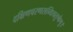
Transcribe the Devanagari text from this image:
दक्षिणचरणसन्धिचतुष्केषु।